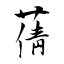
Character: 蒨